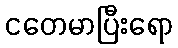
ငတေမာပြီးရော